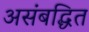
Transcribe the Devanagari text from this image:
असंबद्धित